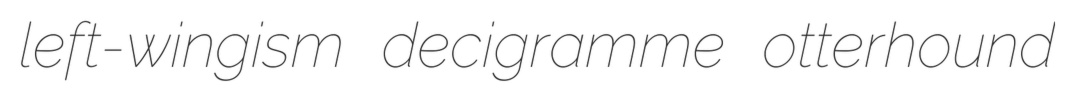
left-wingism decigramme otterhound